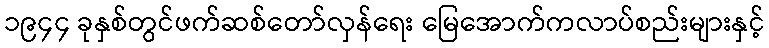
၁၉၄၄ ခုနှစ်တွင်ဖက်ဆစ်တော်လှန်ရေး မြေအောက်ကလာပ်စည်းများနှင့်